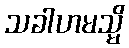
သခါဟမသ္မိ